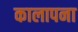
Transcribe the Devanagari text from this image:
कालापना